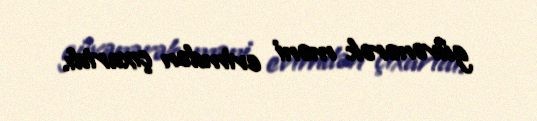
güvənərək məni evimdən çıxartdı.